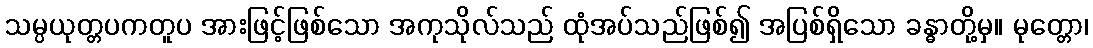
သမ္ပယုတ္တပကတူပ အားဖြင့်ဖြစ်သော အကုသိုလ်သည် ထုံအပ်သည်ဖြစ်၍ အပြစ်ရှိသော ခန္ဓာတို့မှ။ မုတ္တော၊